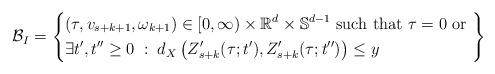
LaTeX: \begin{align*}\mathcal{B}_I = \left\{\begin{aligned}& (\tau,v_{s+k+1},\omega_{k+1}) \in [0,\infty) \times \mathbb{R}^d \times \mathbb{S}^{d-1} \textnormal{ such that }\tau = 0 \textnormal{ or } \\& \exists t^\prime, t^{\prime \prime} \geq 0 \; : \;d_X \left( Z_{s+k}^\prime (\tau; t^\prime),Z_{s+k}^\prime (\tau;t^{\prime \prime}) \right) \leq y\end{aligned}\right\}\end{align*}